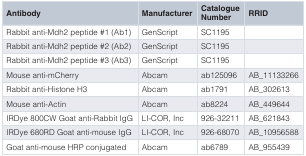
| Antibody | Manufacturer | CatalogueNumber | RRID |
 | --- | --- | --- | --- |
 | Rabbit anti-Mdh2 peptide #1 (Ab1) | GenScript | SC1195 |  |
 | Rabbit anti-Mdh2 peptide #2 (Ab2) | GenScript | SC1195 |  |
 | Rabbit anti-Mdh2 peptide #3 (Ab3) | GenScript | SC1195 |  |
 | Mouse anti-mCherry | Abcam | ab125096 | AB_11133266 |
 | Rabbit anti-Histone H3 | Abcam | ab1791 | AB_302613 |
 | Mouse anti-Actin | Abcam | ab8224 | AB_449644 |
 | IRDye 800CW Goat anti-Rabbit IgG | LI-COR, Inc | 926-32211 | AB_621843 |
 | IRDye 680RD Goat anti-mouse IgG | LI-COR, Inc | 926-68070 | AB_10956588 |
 | Goat anti-mouse HRP conjugated | Abcam | ab6789 | AB_955439 |